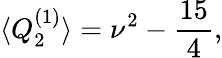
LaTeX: \langle Q_{2}^{(1)}\rangle=\nu^{2}-\frac{15}{4},